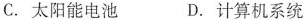
C.太阳能电池 D.计算机系统